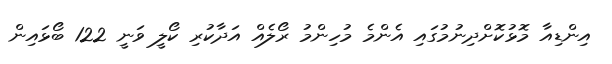
އިންޑިއާ މޮޅުކޮށްދިނުމުގައި އެންމެ މުހިންމު ރޯލެއް އަދާކުރި ކޯލީ ވަނީ 122 ބޯޅައިން